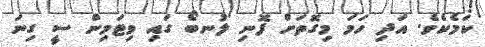
ކަމެކެވެ. އަދި ހަމަ މިގޮތަށް ފޮނި ލުނބޯ ގައި ވިޓަމިން ސީ ގިނަ